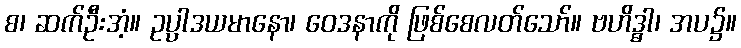
စ၊ ဆက်ဦးအံ့။ ဥပ္ပာဒယမာနော၊ ဝေဒနာကို ဖြစ်စေလတ်သော်။ ဗဟိဒ္ဓာ၊ အပ၌။